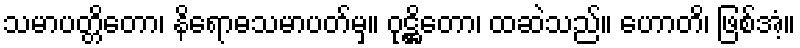
သမာပတ္တိတော၊ နိရောဓသမာပတ်မှ။ ဝုဋ္ဌိတော၊ ထဆဲသည်။ ဟောတိ၊ ဖြစ်အံ့။